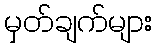
မှတ်ချက်များ